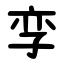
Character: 孪